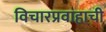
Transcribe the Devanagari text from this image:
विचारप्रवाहाची